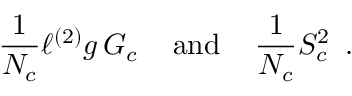
\frac { 1 } { N _ { c } } \ell ^ { ( 2 ) } g \, G _ { c } \, \, \, \, \, \mathrm { ~ a n d ~ } \, \, \, \, \, \frac { 1 } { N _ { c } } S _ { c } ^ { 2 } \, \, \, .